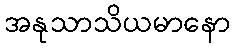
အနုသာသိယမာနော